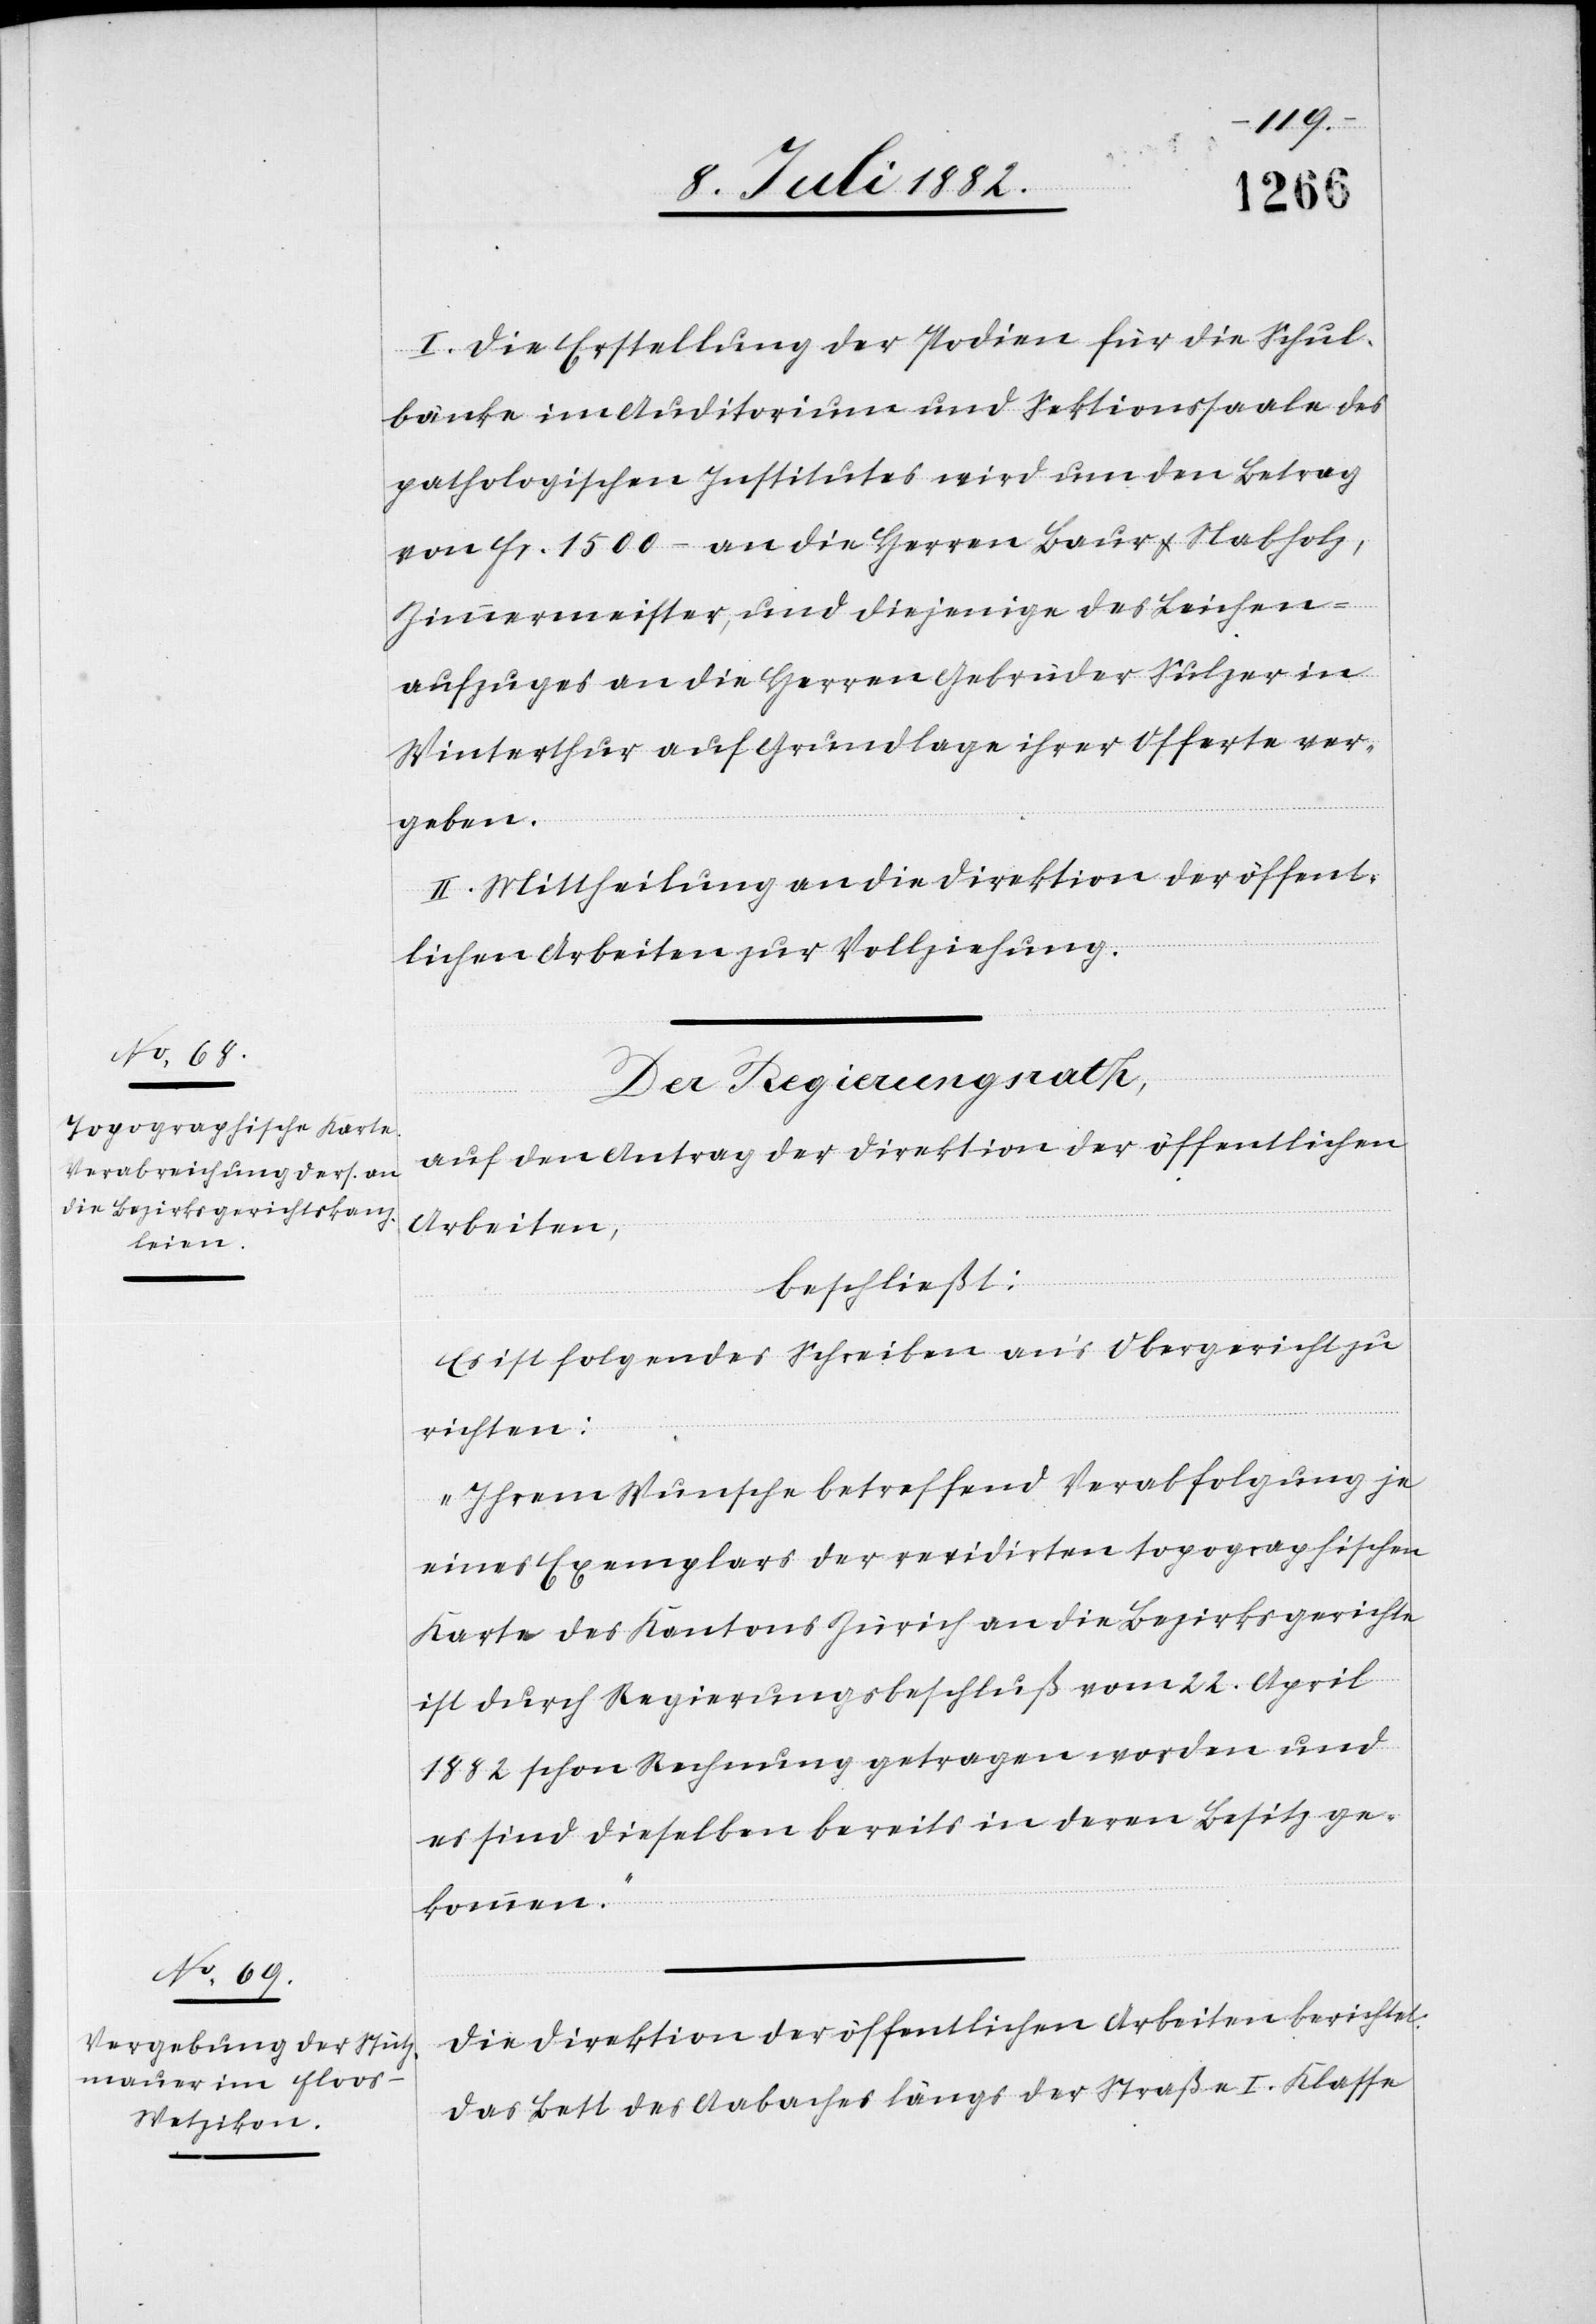
I. Die Erstellung der Podien für die Schul¬
bänke im Auditorium und Sektionssaale des
pathologischen Institutes wird um den Betrag
von Fr. 1500– an die Herren Baur & Nabholz,
Zimmermeister, und diejenige des Leichen¬
aufzuges an die Herren Gebrüder Sulzer in
Winterthur auf Grundlage ihrer Offerte ver¬
geben.
II. Mittheilung an die Direktion der öffent¬
lichen Arbeiten zur Vollziehung.
Der Regierungsrath,
auf den Antrag der Direktion der öffentlichen
Arbeiten,
beschließt:
Es ist folgendes Schreiben an’s Obergericht zu
richten:
„Ihrem Wunsche betreffend Verabfolgung je
eines Exemplars der revidirten topographischen
Karte des Kantons Zürich an die Bezirksgerichte
ist durch Regierungsbeschluß vom 22. April
1882 schon Rechnung getragen worden und
es sind dieselben bereits in deren Besitze ge¬
kommen.“
Die Direktion der öffentlichen Arbeiten berichtet:
Das Bett des Aabaches längs der Straße I. Klasse